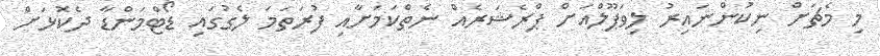
މި މެޗަށް ނިކުންނައިރު ލިވަޕޫލްއަށް ޕްރެޝަރެއް ނެތްކަމަށާއި ފުރަތަމަ ލެގުގައި ޑޯޓްމަންޑާ ދެކޮޅަށް